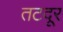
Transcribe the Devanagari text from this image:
तटदूर